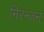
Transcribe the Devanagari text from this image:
निरन्जन